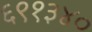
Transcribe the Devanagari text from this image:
६९१३४०